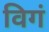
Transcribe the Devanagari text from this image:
विगं